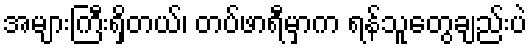
အများကြီးရှိတယ်၊ တပ်ဖာရီမှာက ရန်သူတွေချည်းပဲ